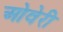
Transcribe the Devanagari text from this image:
ओवेरी